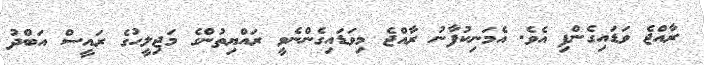
ރާއްޖެ ވަޑައިގެންފި އެވެ. އެމަނިކުފާނު ރާއްޖެ މިވަޑައިގެންނެވީ ރައްޔިތުންގެ މަޖިލީހުގެ ރައީސް އަބްދު